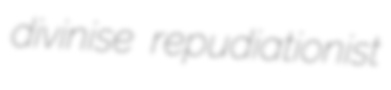
divinise repudiationist